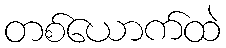
တစ်ယောက်ထဲ